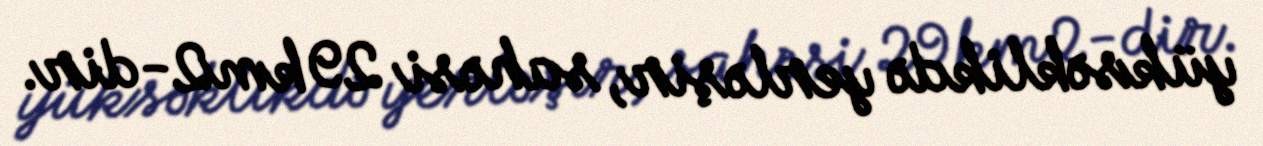
yüksəklikdə yerləşir, sahəsi 29 km2-dir.